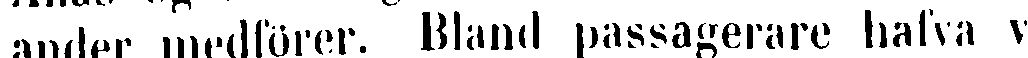
ander medförer. Bland passagerare hafva v